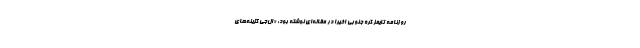
روزنامه تایمز کره جنوبی اخیرا در مقاله‌ای نوشته بود: «ال‌جی گزینه‌های